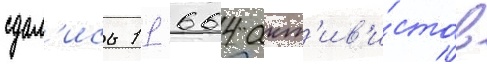
сдал'ись 11 664 акт'ив'и́стов